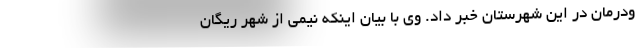
ودرمان در این شهرستان خبر داد. وی با بیان اینکه نیمی از شهر ریگان